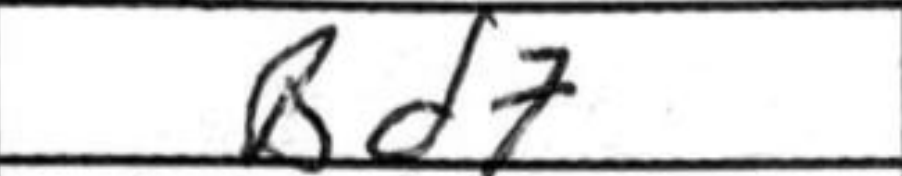
Transcription: Bd7